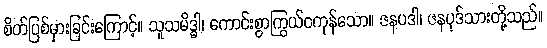
စိတ်ပြစ်မှားခြင်းကြောင့်။ သူသမိဒ္ဓါ၊ ကောင်းစွာကြွယ်ဝကုန်သော။ ဇနပဒါ၊ ဇနပုဒ်သားတို့သည်။